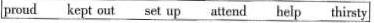
proud kept out set up_attend help thirsty